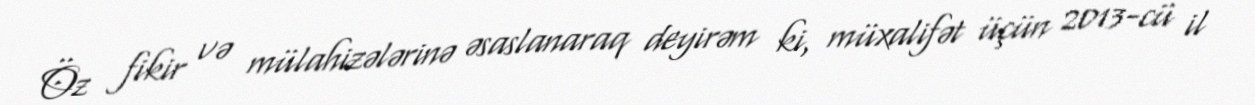
Öz fikir və mülahizələrinə əsaslanaraq deyirəm ki, müxalifət üçün 2013-cü il